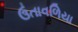
ઉતાવળિયા